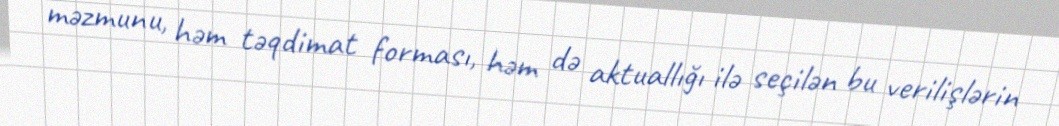
məzmunu, həm təqdimat forması, həm də aktuallığı ilə seçilən bu verilişlərin